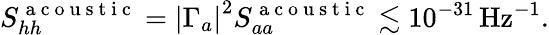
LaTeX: S_{hh}^{\mathrm{~a~c~o~u~s~t~i~c~}}=\left|\Gamma_{a}\right|^{2}S_{aa}^{\mathrm{~a~c~o~u~s~t~i~c~}}\lesssim 10^{-31}\mathrm{\, Hz}^{-1}.